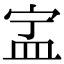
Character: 㿾